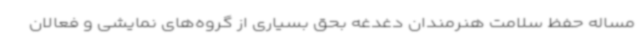
مساله حفظ سلامت هنرمندان دغدغه بحق بسیاری از گروه‌های نمایشی و فعالان